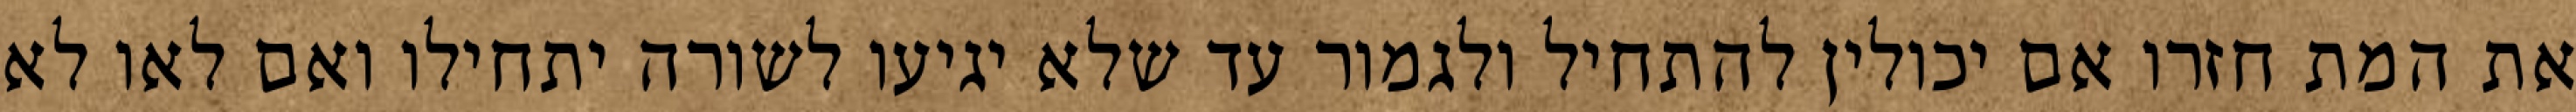
את המת חזרו אם יכולין להתחיל ולגמור עד שלא יגיעו לשורה יתחילו ואם לאו לא